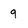
Character: q